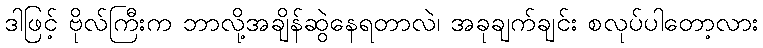
ဒါဖြင့် ဗိုလ်ကြီးက ဘာလို့အချိန်ဆွဲနေရတာလဲ၊ အခုချက်ချင်း စလုပ်ပါတော့လား